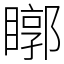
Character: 䁨